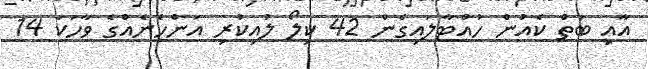
އާއި ބަތް ކެއުން ހުއްޓާލައިގެން 42 ކިލޯ ލުއިކުރި އަންހެނެއްގެ ވާހަކަ 14